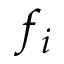
f _ { i }